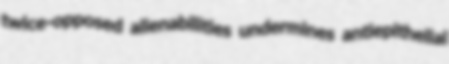
twice-opposed alienabilities undermines antiepithelial